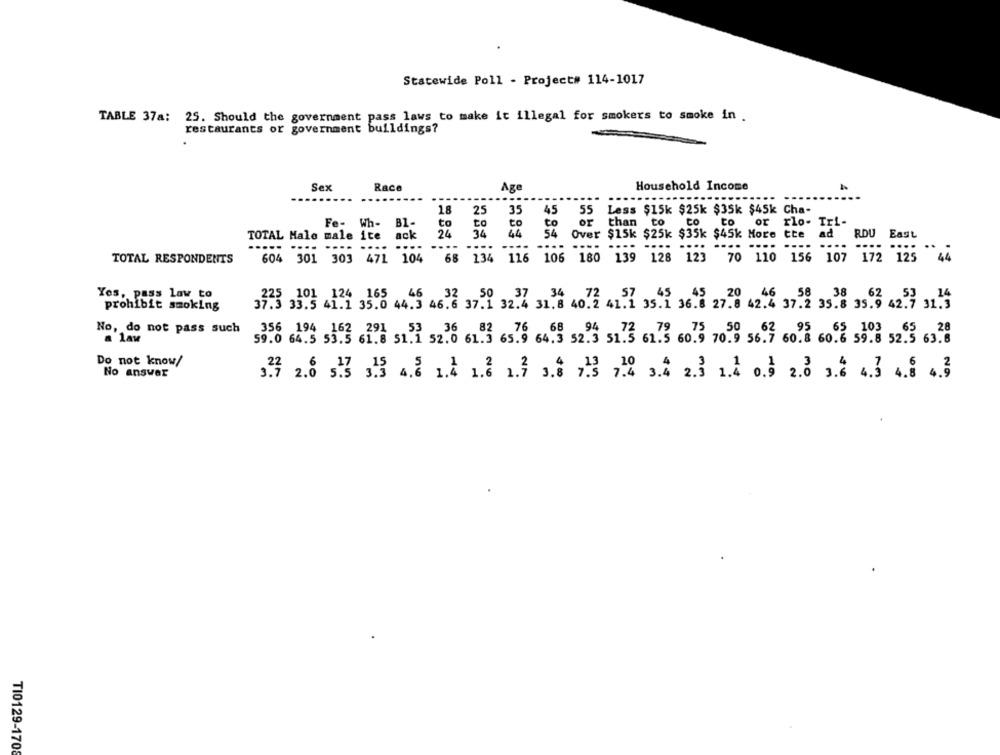
Statewide Poll - Project# 114-1017
TABLE 37a: 25. Should the government pass laws to make it illegal for smokers to smoke in .
restaurants or government buildings?
Sex
Race
Age
Household Income
...
----
----
........
18
25
35
45 55 Less $15k $25k $35k $45k Cha-
45
55
Fe- Wh- Bl-
to
CO
to
or than to
OF
to
to
or rlo- Tri-
TOTAL Male male ite ack
24
34 44
to
54 Over $15k $25k $35k $45k More tte ad
ad
RDU
East
...
.... ....
TOTAL RESPONDENTS
604 301 303 471 104
68 134 116 106 180 139 128 123 70 110 156 107 172 125
S. pass law to
225 101 124 165
6 ,58 38
prohibit smoking
37.3 33.5 41.1 35.0 44.3 46.6 37.1 32.4 31.8 40.2
35.1 36.8 27.8 42.4 37.2 35.8 35.9 42.9 31.5
No, do not pass such
356 194 162 291 53 36 82 76 68 94 72 79 75
356 194 162 291
a 1AM
59.0 64.5 53.5 61.8 51.1 52.0 61.3 65.9 64. 3 52.3 51.5 61.5 60.9 70
,55 63
13 60.5 70.9 56.7 60.8 60.6 59.8 52.
Do not know/
No answer
TI0129-170